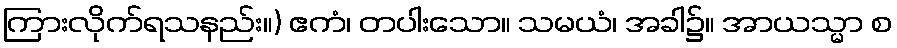
ကြားလိုက်ရသနည်း။) ဧကံ၊ တပါးသော။ သမယံ၊ အခါ၌။ အာယသ္မာ စ